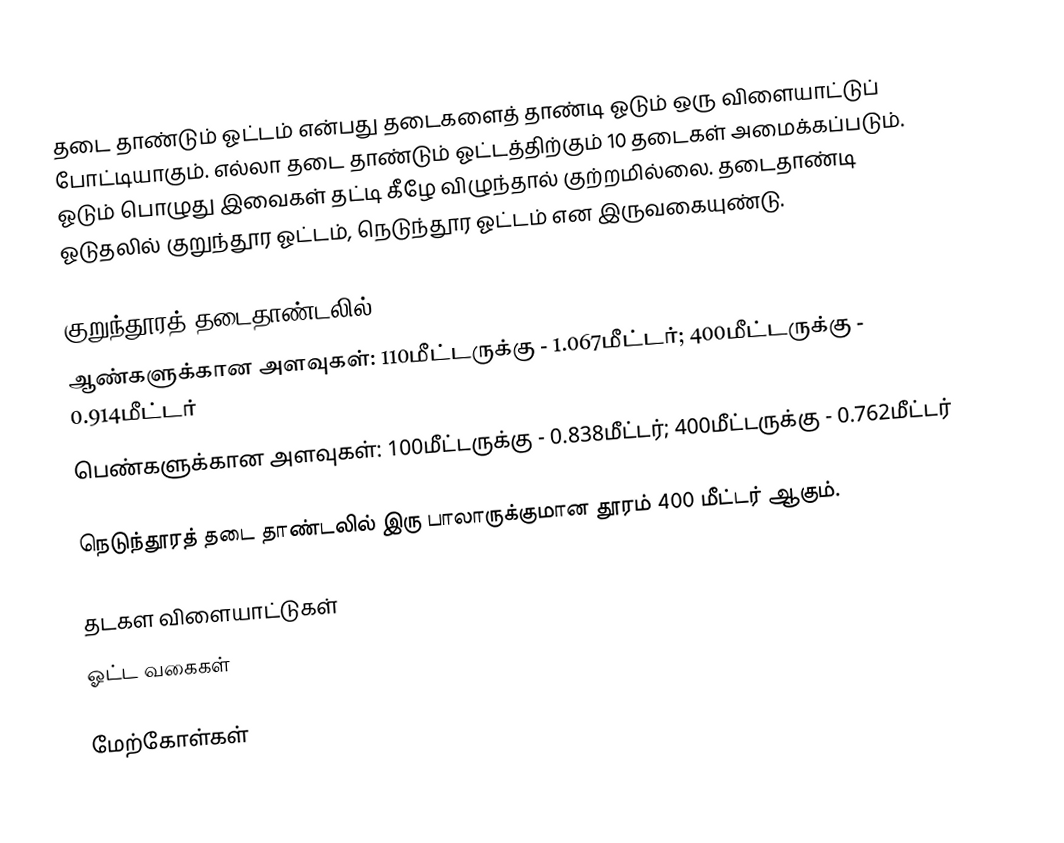
தடை தாண்டும் ஓட்டம் என்பது தடைகளைத் தாண்டி ஓடும் ஒரு விளையாட்டுப் போட்டியாகும். எல்லா தடை தாண்டும் ஓட்டத்திற்கும் 10 தடைகள் அமைக்கப்படும். ஓடும் பொழுது இவைகள் தட்டி கீழே விழுந்தால் குற்றமில்லை. தடைதாண்டி ஓடுதலில் குறுந்தூர ஓட்டம், நெடுந்தூர ஓட்டம் என இருவகையுண்டு.

குறுந்தூரத் தடைதாண்டலில்,
 ஆண்களுக்கான அளவுகள்: 110மீட்டருக்கு - 1.067மீட்டர்; 400மீட்டருக்கு - 0.914மீட்டர்
 பெண்களுக்கான அளவுகள்: 100மீட்டருக்கு - 0.838மீட்டர்; 400மீட்டருக்கு - 0.762மீட்டர்

நெடுந்தூரத் தடை தாண்டலில் இரு பாலாருக்குமான தூரம் 400 மீட்டர் ஆகும்.

தடகள விளையாட்டுகள்
ஓட்ட வகைகள்

மேற்கோள்கள்